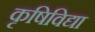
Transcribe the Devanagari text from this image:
कृषिविद्या